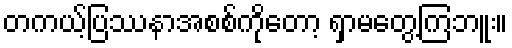
တကယ့်ပြဿနာအစစ်ကိုတော့ ရှာမတွေ့ကြဘူး။